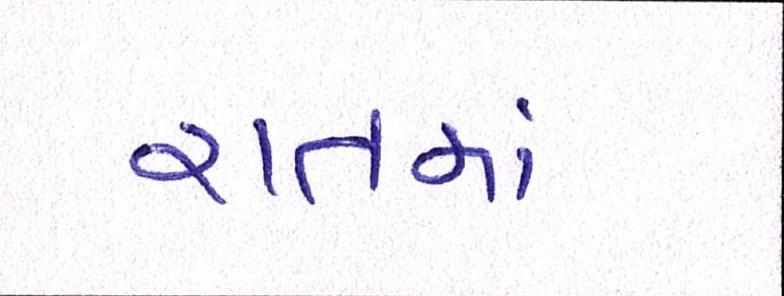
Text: રાતમાં